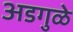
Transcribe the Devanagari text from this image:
अडगुळे